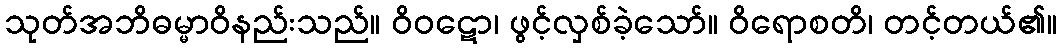
သုတ်အဘိဓမ္မာဝိနည်းသည်။ ဝိဝဋော၊ ဖွင့်လှစ်ခဲ့သော်။ ဝိရောစတိ၊ တင့်တယ်၏။